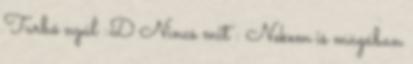
Turbó nyúl :D Nincs mit : Nekem is magában